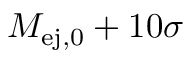
M _ { \mathrm { e j , 0 } } + 1 0 \sigma